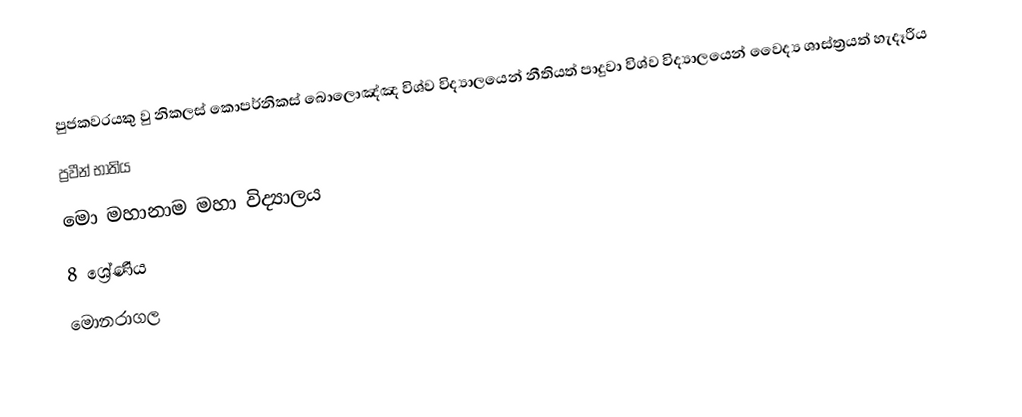
පුජකවරයකු වු නිකලස් කොපර්නිකස් බොලොඤ්ඤ විශ්ව විද්‍යාලයෙන් නීතියත් පාදුවා විශ්ව විද්‍යාලයෙන් වෛද්‍ය ශාස්ත්‍රයත් හැදෑරීය
ප්‍රවීන් භාතිය
මො මහානාම මහා විද්‍යාලය
8 ශ්‍රේණිය
මොනරාගල